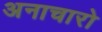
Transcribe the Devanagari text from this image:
अनाचारो